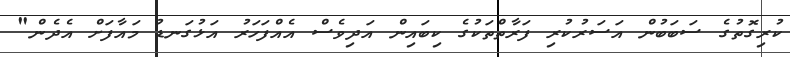
ކުރިގޮތުގެ ސަބަބުން އަސަރުކުރި ފަރާތްތަކުގެ ކިބައިން އަދިވެސް އެއްފަހަރު އަޅުގަނޑު މައާފަށް އެދެން"